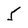
Character: 5